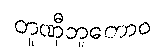
တူဏှီဘူတောဝ